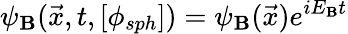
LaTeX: \psi_{\mathbf{B}}({\vec{{x}}},t,[\phi_{sph}])=\psi_{\mathbf{B}}(\vec{{x}})e^{iE_{\mathbf{B}}t}